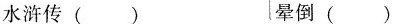
水浒传() 晕倒()